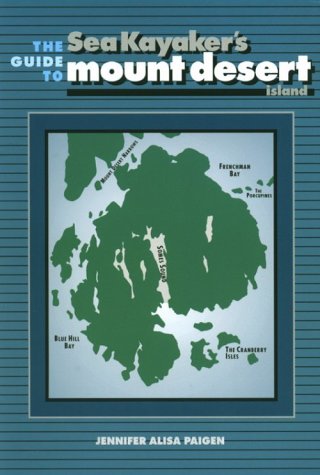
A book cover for The Sea Kayaker's Guide to Mount Desert Island; Jennifer Paigen; Sports & Outdoors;